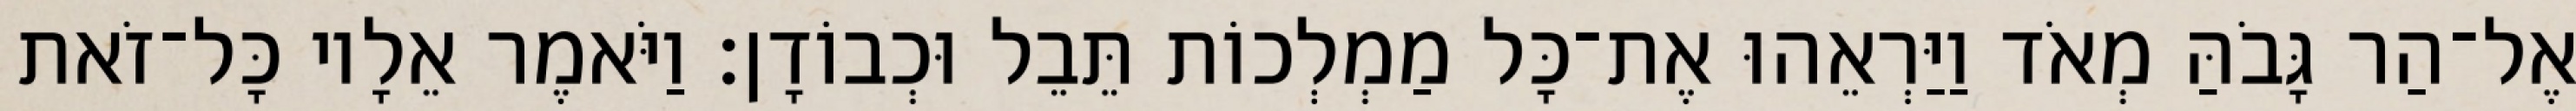
אֶל־הַר גָּבֹהַּ מְאֹד וַיַּרְאֵהוּ אֶת־כָּל מַמְלְכוֹת תֵּבֵל וּכְבוֹדָן׃ וַיֹּאמֶר אֵלָיו כָּל־זֹאת